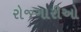
રોજગારીઓ